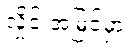
လှိုင်းအမြင့်မှာ